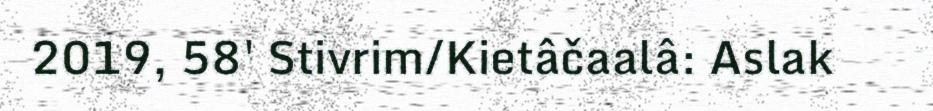
2019, 58' Stivrim/Kietâčaalâ: Aslak